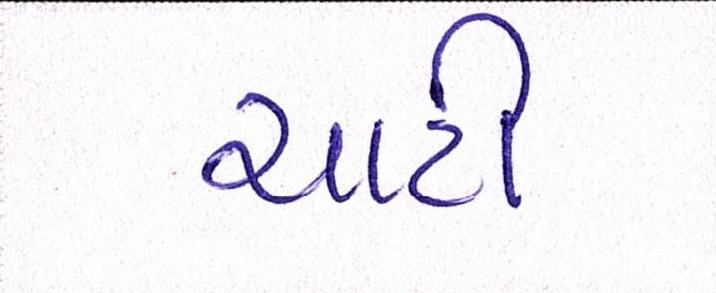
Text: ચાટી